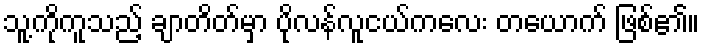
သူ့ကိုကူသည့် ချာတိတ်မှာ ပိုလန်လူငယ်ကလေး တယောက် ဖြစ်၏။